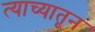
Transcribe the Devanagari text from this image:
त्याच्यातून